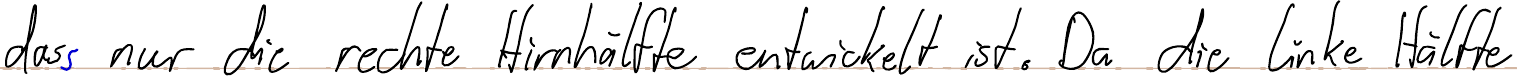
dass nur die rechte Hirnhälfte entwickelt ist. Da die linke Hälfte